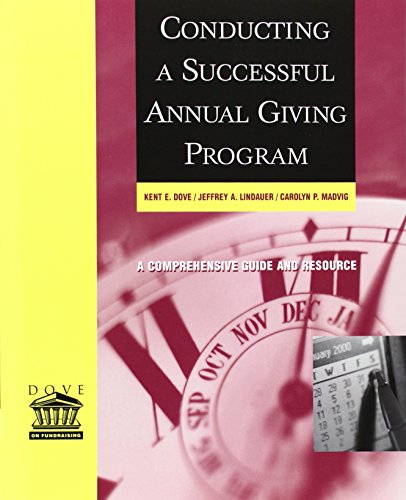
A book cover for Conducting a Successful Annual Giving Program; Kent E. Dove; Politics & Social Sciences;